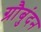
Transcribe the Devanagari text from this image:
ग्रौबुंदन